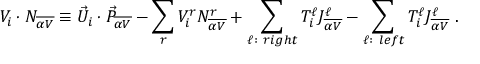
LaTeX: V _ { i } \cdot { \cal N } _ { \overline { { { \alpha V } } } } \equiv { \vec { U } } _ { i } \cdot { \vec { P } } _ { \overline { { { \alpha V } } } } - \sum _ { r } V _ { i } ^ { r } N _ { \overline { { { \alpha V } } } } ^ { r } + \sum _ { \ell : ~ r i g h t } T _ { i } ^ { \ell } J _ { \overline { { { \alpha V } } } } ^ { \ell } - \sum _ { \ell : ~ l e f t } T _ { i } ^ { \ell } J _ { \overline { { { \alpha V } } } } ^ { \ell } ~ .